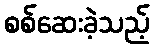
စစ်ဆေးခဲ့သည့်